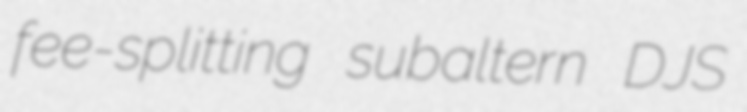
fee-splitting subaltern DJS